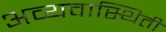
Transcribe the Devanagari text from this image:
अव्यवास्थिती